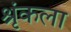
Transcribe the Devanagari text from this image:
श्रृंकला